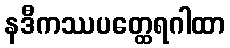
နဒီကဿပတ္ထေရဂါထာ